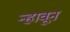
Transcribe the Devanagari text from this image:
न्हावून